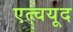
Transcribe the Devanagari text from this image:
एत्चयूद